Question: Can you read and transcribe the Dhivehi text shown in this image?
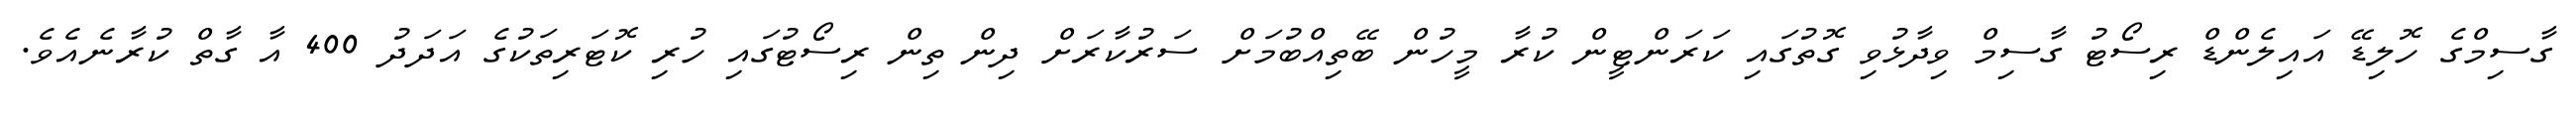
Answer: ގާސިމްގެ ހޮލިޑޭ އައިލެންޑް ރިސޯޓު ގާސިމް ވިދާޅުވި ގޮތުގައި ކަރަންޓީން ކުރާ މީހުން ބޭތިއްބުމަށް ސަރުކާރަށް ދިން ތިން ރިސޯޓުގައި ހުރި ކޮޓަރިތަކުގެ އަދަދު 400 އާ ގާތް ކުރާނެއެވެ.